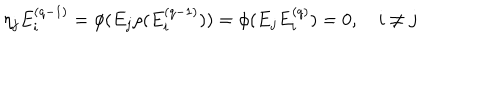
LaTeX: \eta _ { j } E _ { i } ^ { ( q - 1 ) } = \phi ( E _ { j } \rho ( E _ { i } ^ { ( q - 1 ) } ) ) = \phi ( E _ { j } E _ { i } ^ { ( q ) } ) = 0 , \quad i \neq j